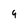
Character: 9